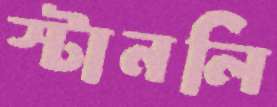
স্টানলি